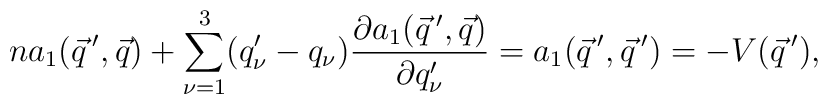
na_1(\vec q\,',\vec q) + \sum_{\nu=1}^3 (q'_{\nu}-q_{\nu})         \frac{\partial a_1(\vec q\,',\vec q)}{\partial q'_{\nu}} =                      a_1(\vec q\,',\vec q\,')= -V(\vec q\,'),